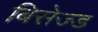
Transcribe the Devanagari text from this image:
बिसेज्ड